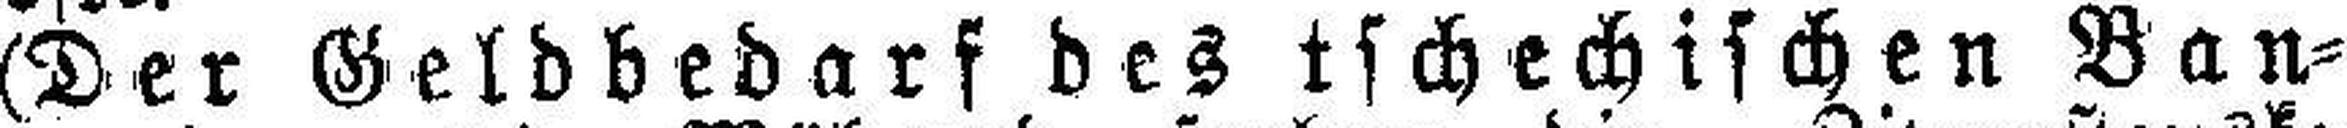
(Der Geldbedarf des tschechischen Ban¬